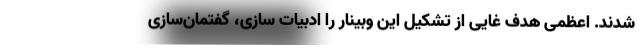
شدند. اعظمی هدف غایی از تشکیل این وبینار را ادبیات سازی، گفتمان‌سازی